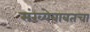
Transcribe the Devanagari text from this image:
संख्येबाबतचा